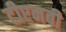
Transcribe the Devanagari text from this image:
टीएनबी